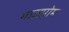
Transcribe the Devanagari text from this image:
गाज़प्रोम